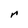
Character: r